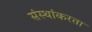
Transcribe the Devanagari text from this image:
संस्थांकरता